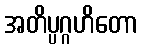
အတိပ္ပဂ္ဂဟိတော